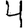
Digit: 4